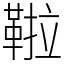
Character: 鞡